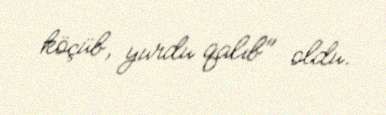
köçüb, yurdu qalıb" oldu.